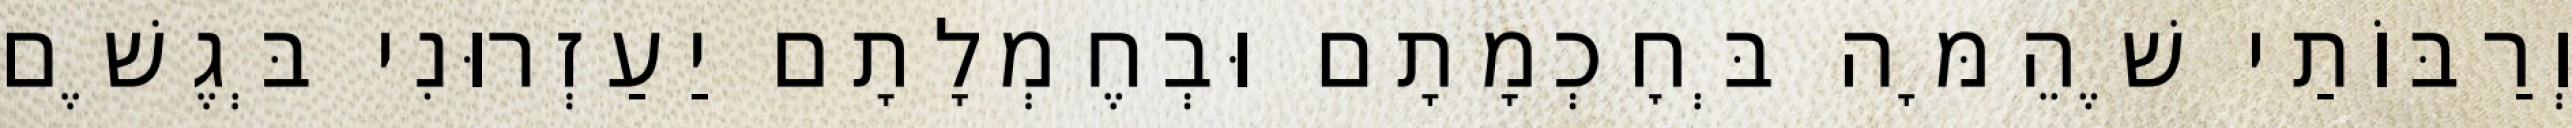
וְרַבּוֹתַי שֶׁהֵמָּה בְּחׇכְמָתָם וּבְחֶמְלָתָם יַעַזְרוּנִי בְּגֶשֶׁם